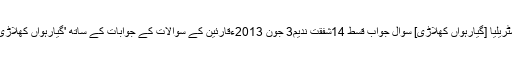
لیکن اس اہم ٹورنامنٹ میں آسٹریلیا [گیارہواں کھلاڑی] سوال جواب قسط 14شفقت ندیم3 جون 2013ءقارئین کے سوالات کے جوابات کے ساتھ 'گیارہواں کھلاڑی' ایک مرتبہ پھر حاضر ہے۔